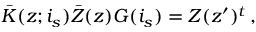
\bar { K } ( z ; i _ { s } ) \bar { Z } ( z ) G ( i _ { s } ) = Z ( z ^ { \prime } ) ^ { t } \, ,